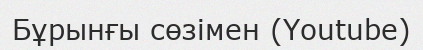
Бұрынғы сөзімен (Youtube)